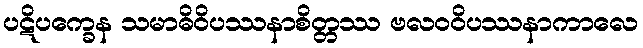
ပဋိပက္ခေန သမာဓိဝိပဿနာစိတ္တဿ ဗလဝဝိပဿနာကာလေ